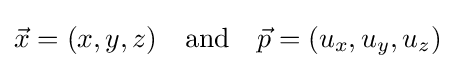
{\vec {x}}=(x,y,z)\quad {\hbox{and}}\quad {\vec {p}}=(u_{x},u_{y},u_{z})